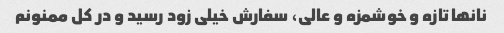
نانها تازه و خوشمزه و عالی، سفارش خیلی زود رسید و در کل ممنونم